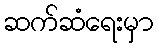
ဆက်ဆံရေးမှာ